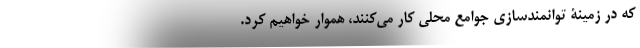
که در زمینۀ توانمندسازی جوامع محلی کار می‌کنند، هموار خواهیم کرد.